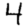
Digit: 4